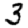
Digit: 3